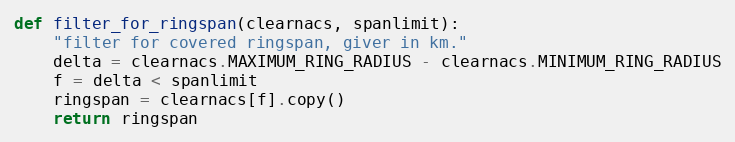
Language: Python
def filter_for_ringspan(clearnacs, spanlimit):
    "filter for covered ringspan, giver in km."
    delta = clearnacs.MAXIMUM_RING_RADIUS - clearnacs.MINIMUM_RING_RADIUS
    f = delta < spanlimit
    ringspan = clearnacs[f].copy()
    return ringspan